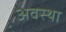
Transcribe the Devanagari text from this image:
अवस्‍था